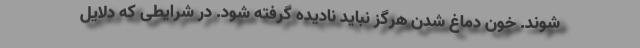
شوند. خون دماغ شدن هرگز نباید نادیده گرفته شود. در شرایطی که دلایل